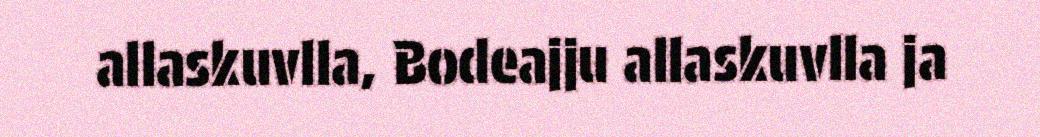
allaskuvlla, Bodeajju allaskuvlla ja